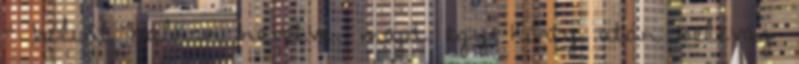
- bólint halkan nevetve, majd egy korty után belevág